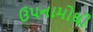
ઉપનામોથી